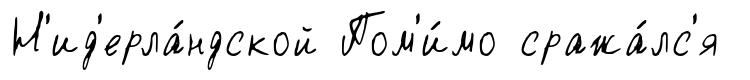
Н'ид'ерла́ндской Пом'и́мо сража́лс'я